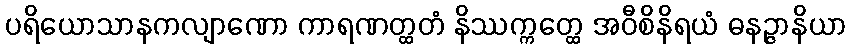
ပရိယောသာနကလျာဏော ကာရဏတ္ထတံ နိဿက္ကတ္ထေ အဝီစိနိရယံ ဓနဉ္ဇာနိယာ